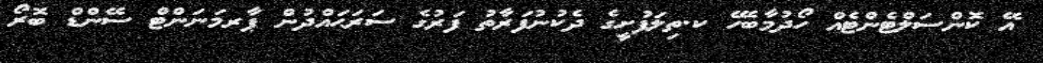
އޭ ކޮންސަލްޓެންޓެއް ހޯދުމާބެހޭ ކ.ތިލަފުށީގެ ދެކުނުފަރާތު ފަރުގެ ސަރަޙައްދުން ޕާރމަނަންޓް ސޭންޑް ބޮރޯ